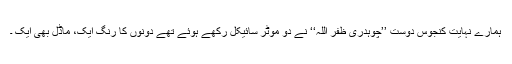
ہمارے نہایت کنجوس دوست ’’چوہدری ظفر اللہ‘‘ نے دو موٹر سائیکل رکھے ہوئے تھے دونوں کا رنگ ایک، ماڈل بھی ایک ۔